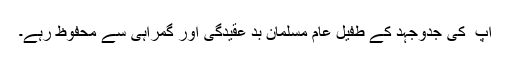
آپ ؒ کی جدوجہد کے طفیل عام مسلمان بد عقیدگی اور گمراہی سے محفوظ رہے۔